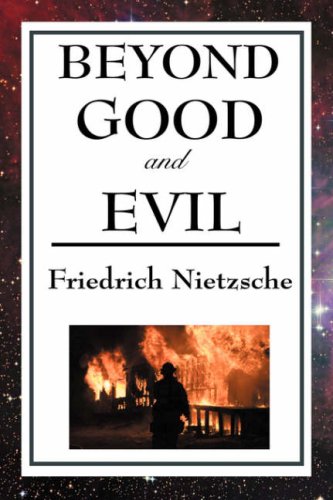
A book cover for Beyond Good and Evil; Friedrich Wilhelm Nietzsche; Politics & Social Sciences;